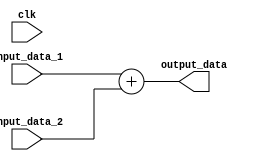
module adder (clk , input_data_1, input_data_2, output_data);
    input clk;
   
	input [63 : 0] input_data_1, input_data_2;
	output reg [63 : 0] output_data;

     always @(input_data_1) 
        output_data = input_data_1 + input_data_2;
    
endmodule